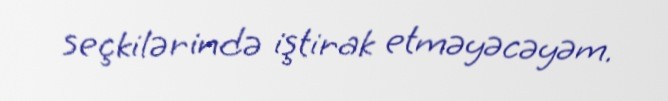
seçkilərində iştirak etməyəcəyəm.